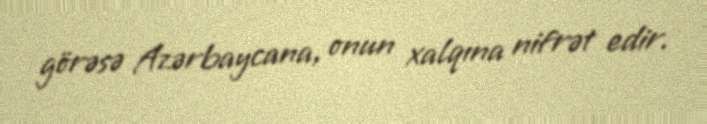
görəsə Azərbaycana, onun xalqına nifrət edir.